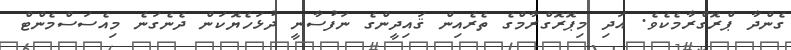
ގެންދާ ޕްރޮގްރާމެކެވެ. އަދި މިޕޮރޮގްރާމްގެ ތެރެއިން ޤައިދީންގެ ނަފުސާނީ ދުޅަހެޔޮކަން ދެނެގަނެ މިއެސަސްމެންޓް